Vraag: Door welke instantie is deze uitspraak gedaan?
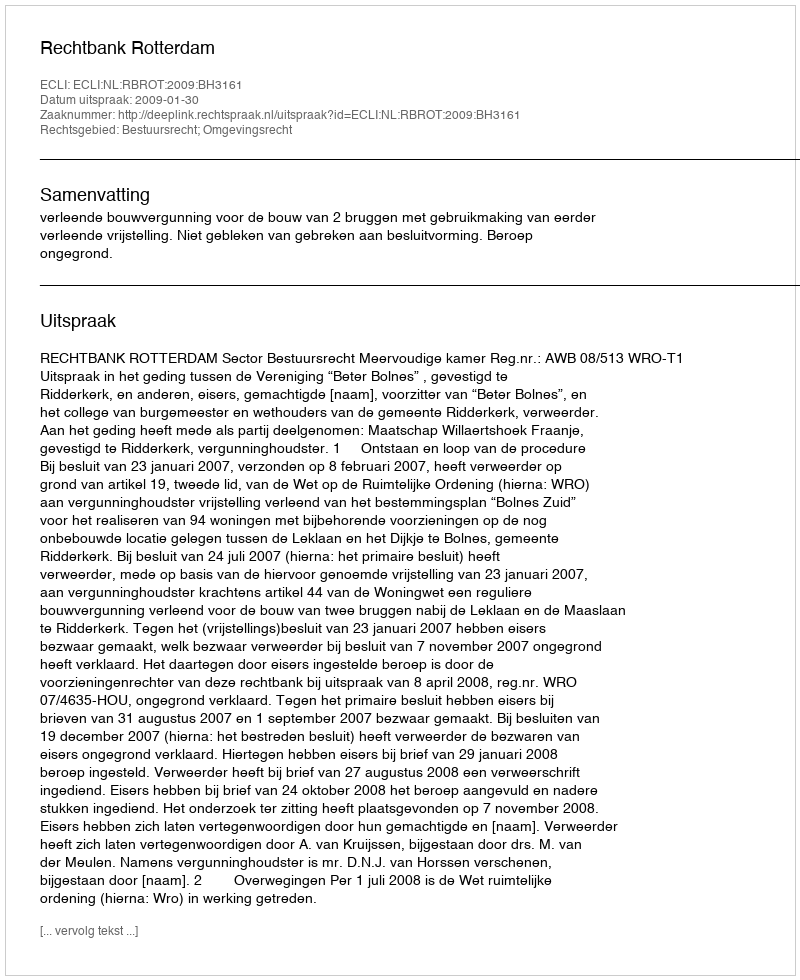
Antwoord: Rechtbank Rotterdam